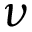
\nu